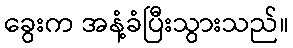
ခွေးက အနံ့ခံပြီးသွားသည်။